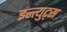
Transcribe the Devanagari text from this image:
इन्त्युट्स